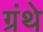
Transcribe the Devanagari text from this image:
ग्रंथे